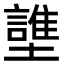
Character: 䜃